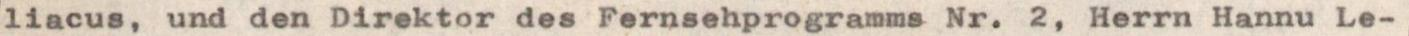
liacus, und den Direktor des Fernsehprogramms Nr. 2, Herrn Hannu Le-